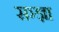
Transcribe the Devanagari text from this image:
सञ्ज्ञा